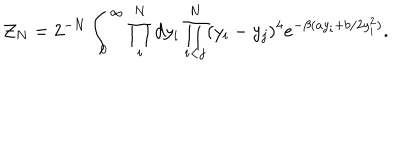
{ \cal Z } _ { N } = 2 ^ { - N } \int _ { 0 } ^ { \infty } \prod _ { i } ^ { N } d y _ { i } \prod _ { i < j } ^ { N } ( y _ { i } - y _ { j } ) ^ { 4 } e ^ { - \beta ( a y _ { i } + b / 2 y _ { i } ^ { 2 } ) } .